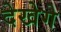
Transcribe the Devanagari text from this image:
देखेगे